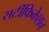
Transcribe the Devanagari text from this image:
सर्टीफिकेशन